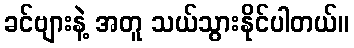
ခင်ဗျားနဲ့ အတူ သယ်သွားနိုင်ပါတယ်။